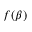
f ( \beta )